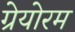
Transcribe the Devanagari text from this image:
ग्रेयोरम